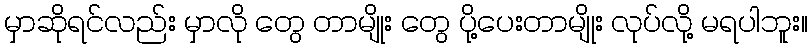
မှာဆိုရင်လည်း မှာလို တွေ တာမျိုး တွေ ပို့ပေးတာမျိုး လုပ်လို့ မရပါဘူး။